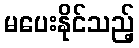
မပေးနိုင်သည့်